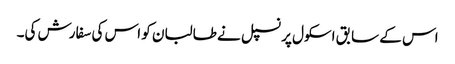
اس کے سابق اسکول پرنسپل نے طالبان کو اس کی سفارش کی۔